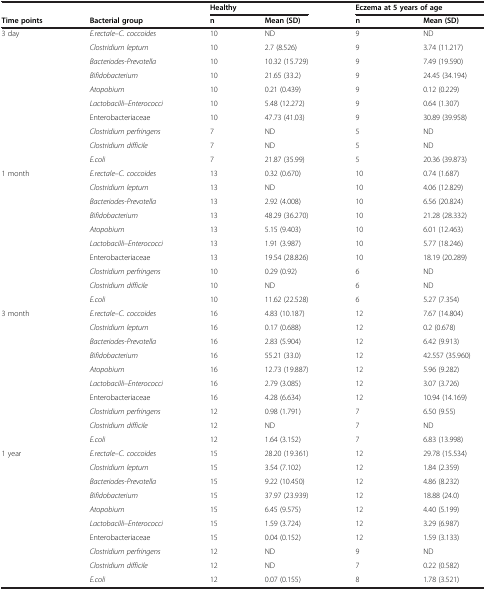
<table><thead><tr><td>[EMPTY_CELL]</td><td>[EMPTY_CELL]</td><td colspan="2"><b>Healthy</b></td><td colspan="2"><b>Eczema at 5 years of age</b></td></tr><tr><td><b>Time points</b></td><td><b>Bacterial group</b></td><td><b>n</b></td><td><b>Mean (SD)</b></td><td><b>n</b></td><td><b>Mean (SD)</b></td></tr></thead><tbody><tr><td>3 day</td><td><i>E.rectale–C. coccoides</i></td><td>10</td><td>ND</td><td>9</td><td>ND</td></tr><tr><td>[EMPTY_CELL]</td><td><i>Clostridium leptum</i></td><td>10</td><td>2.7 (8.526)</td><td>9</td><td>3.74 (11.217)</td></tr><tr><td>[EMPTY_CELL]</td><td><i>Bacteriodes-Prevotella</i></td><td>10</td><td>10.32 (15.729)</td><td>9</td><td>7.49 (19.590)</td></tr><tr><td>[EMPTY_CELL]</td><td><i>Bifidobacterium</i></td><td>10</td><td>21.65 (33.2)</td><td>9</td><td>24.45 (34.194)</td></tr><tr><td>[EMPTY_CELL]</td><td><i>Atopobium</i></td><td>10</td><td>0.21 (0.439)</td><td>9</td><td>0.12 (0.229)</td></tr><tr><td>[EMPTY_CELL]</td><td><i>Lactobacilli–Enterococci</i></td><td>10</td><td>5.48 (12.272)</td><td>9</td><td>0.64 (1.307)</td></tr><tr><td>[EMPTY_CELL]</td><td>Enterobacteriaceae</td><td>10</td><td>47.73 (41.03)</td><td>9</td><td>30.89 (39.958)</td></tr><tr><td>[EMPTY_CELL]</td><td><i>Clostridium perfringens</i></td><td>7</td><td>ND</td><td>5</td><td>ND</td></tr><tr><td>[EMPTY_CELL]</td><td><i>Clostridium difficile</i></td><td>7</td><td>ND</td><td>5</td><td>ND</td></tr><tr><td>[EMPTY_CELL]</td><td><i>E.coli</i></td><td>7</td><td>21.87 (35.99)</td><td>5</td><td>20.36 (39.873)</td></tr><tr><td>1 month</td><td><i>E.rectale–C. coccoides</i></td><td>13</td><td>0.32 (0.670)</td><td>10</td><td>0.74 (1.687)</td></tr><tr><td>[EMPTY_CELL]</td><td><i>Clostridium leptum</i></td><td>13</td><td>ND</td><td>10</td><td>4.06 (12.829)</td></tr><tr><td>[EMPTY_CELL]</td><td><i>Bacteriodes-Prevotella</i></td><td>13</td><td>2.92 (4.008)</td><td>10</td><td>6.56 (20.824)</td></tr><tr><td>[EMPTY_CELL]</td><td><i>Bifidobacterium</i></td><td>13</td><td>48.29 (36.270)</td><td>10</td><td>21.28 (28.332)</td></tr><tr><td>[EMPTY_CELL]</td><td><i>Atopobium</i></td><td>13</td><td>5.15 (9.403)</td><td>10</td><td>6.01 (12.463)</td></tr><tr><td>[EMPTY_CELL]</td><td><i>Lactobacilli–Enterococci</i></td><td>13</td><td>1.91 (3.987)</td><td>10</td><td>5.77 (18.246)</td></tr><tr><td>[EMPTY_CELL]</td><td>Enterobacteriaceae</td><td>13</td><td>19.54 (28.826)</td><td>10</td><td>18.19 (20.289)</td></tr><tr><td>[EMPTY_CELL]</td><td><i>Clostridium perfringens</i></td><td>10</td><td>0.29 (0.92)</td><td>6</td><td>ND</td></tr><tr><td>[EMPTY_CELL]</td><td><i>Clostridium difficile</i></td><td>10</td><td>ND</td><td>6</td><td>ND</td></tr><tr><td>[EMPTY_CELL]</td><td><i>E.coli</i></td><td>10</td><td>11.62 (22.528)</td><td>6</td><td>5.27 (7.354)</td></tr><tr><td>3 month</td><td><i>E.rectale–C. coccoides</i></td><td>16</td><td>4.83 (10.187)</td><td>12</td><td>7.67 (14.804)</td></tr><tr><td>[EMPTY_CELL]</td><td><i>Clostridium leptum</i></td><td>16</td><td>0.17 (0.688)</td><td>12</td><td>0.2 (0.678)</td></tr><tr><td>[EMPTY_CELL]</td><td><i>Bacteriodes-Prevotella</i></td><td>16</td><td>2.83 (5.904)</td><td>12</td><td>6.42 (9.913)</td></tr><tr><td>[EMPTY_CELL]</td><td><i>Bifidobacterium</i></td><td>16</td><td>55.21 (33.0)</td><td>12</td><td>42.557 (35.960)</td></tr><tr><td>[EMPTY_CELL]</td><td><i>Atopobium</i></td><td>16</td><td>12.73 (19.887)</td><td>12</td><td>5.96 (9.282)</td></tr><tr><td>[EMPTY_CELL]</td><td><i>Lactobacilli–Enterococci</i></td><td>16</td><td>2.79 (3.085)</td><td>12</td><td>3.07 (3.726)</td></tr><tr><td>[EMPTY_CELL]</td><td>Enterobacteriaceae</td><td>16</td><td>4.28 (6.634)</td><td>12</td><td>10.94 (14.169)</td></tr><tr><td>[EMPTY_CELL]</td><td><i>Clostridium perfringens</i></td><td>12</td><td>0.98 (1.791)</td><td>7</td><td>6.50 (9.55)</td></tr><tr><td>[EMPTY_CELL]</td><td><i>Clostridium difficile</i></td><td>12</td><td>ND</td><td>7</td><td>ND</td></tr><tr><td>[EMPTY_CELL]</td><td><i>E.coli</i></td><td>12</td><td>1.64 (3.152)</td><td>7</td><td>6.83 (13.998)</td></tr><tr><td>1 year</td><td><i>E.rectale–C. coccoides</i></td><td>15</td><td>28.20 (19.361)</td><td>12</td><td>29.78 (15.534)</td></tr><tr><td>[EMPTY_CELL]</td><td><i>Clostridium leptum</i></td><td>15</td><td>3.54 (7.102)</td><td>12</td><td>1.84 (2.359)</td></tr><tr><td>[EMPTY_CELL]</td><td><i>Bacteriodes-Prevotella</i></td><td>15</td><td>9.22 (10.450)</td><td>12</td><td>4.86 (8.232)</td></tr><tr><td>[EMPTY_CELL]</td><td><i>Bifidobacterium</i></td><td>15</td><td>37.97 (23.939)</td><td>12</td><td>18.88 (24.0)</td></tr><tr><td>[EMPTY_CELL]</td><td><i>Atopobium</i></td><td>15</td><td>6.45 (9.575)</td><td>12</td><td>4.40 (5.199)</td></tr><tr><td>[EMPTY_CELL]</td><td><i>Lactobacilli–Enterococci</i></td><td>15</td><td>1.59 (3.724)</td><td>12</td><td>3.29 (6.987)</td></tr><tr><td>[EMPTY_CELL]</td><td>Enterobacteriaceae</td><td>15</td><td>0.04 (0.152)</td><td>12</td><td>1.59 (3.133)</td></tr><tr><td>[EMPTY_CELL]</td><td><i>Clostridium perfringens</i></td><td>12</td><td>ND</td><td>9</td><td>ND</td></tr><tr><td>[EMPTY_CELL]</td><td><i>Clostridium difficile</i></td><td>12</td><td>ND</td><td>7</td><td>0.22 (0.582)</td></tr><tr><td>[EMPTY_CELL]</td><td><i>E.coli</i></td><td>12</td><td>0.07 (0.155)</td><td>8</td><td>1.78 (3.521)</td></tr></tbody></table>